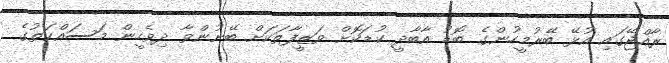
ރާއްޖޭގައި އުޅޭ ބޭރުމީހުންގެ ބޮޑު އާބާދީ ކުޑަކޮށް ވަޒީފާތަކަށް ބޭނުންވާ ދިވެހީން މަސައްކަތުގެ